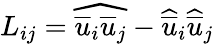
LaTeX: L_{ij}=\widehat{\overline{{u}}_{i}\overline{{u}}_{j}}-\widehat{\overline{{u}}}_{i}\widehat{\overline{{u}}}_{j}